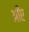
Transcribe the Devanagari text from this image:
आँए